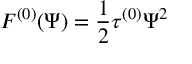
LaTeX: { \cal F } ^ { ( 0 ) } ( \Psi ) = \frac { 1 } { 2 } \tau ^ { ( 0 ) } \Psi ^ { 2 }